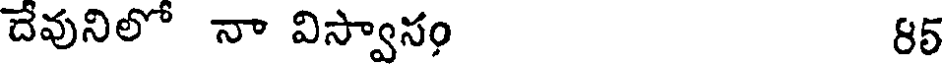
దేవునిలో నా విస్వాసం 85